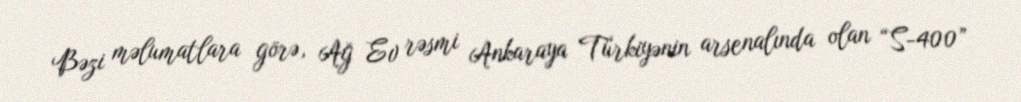
Bəzi məlumatlara görə, Ağ Ev rəsmi Ankaraya Türkiyənin arsenalında olan “S-400”